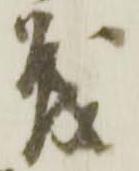
茂